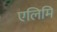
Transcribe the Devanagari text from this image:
एलिमि